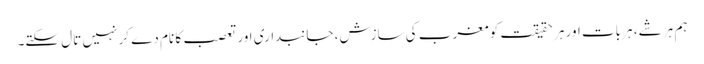
ہم ہر شے، ہر بات اور ہر حقیقت کو مغرب کی سازش، جانبداری اور تعصب کا نام دے کر نہیں تال سکتے۔